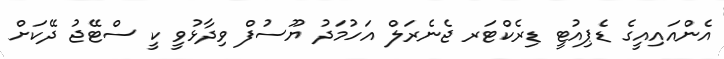
އެންއައިއީގެ ޑެޕިއުޓީ ޑިރެކްޓަރ ޖެނެރަލް އަހުމަދު ޔޫސުފް ވިދާޅުވީ ކީ ސްޓޭޖު ދޭކަށް